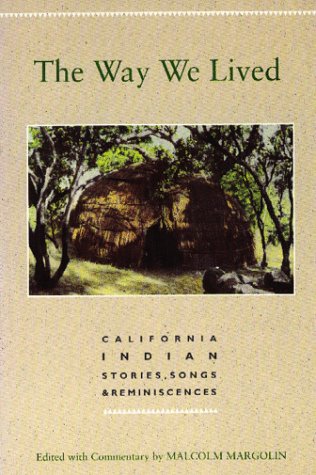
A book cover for Way We Lived, The: California Indian Stories, Songs & Reminiscences; Literature & Fiction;